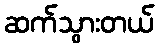
ဆက်သွားတယ်